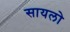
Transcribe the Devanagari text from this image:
सायलो